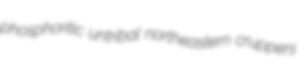
phosphoritic untribal northeastern cruppers